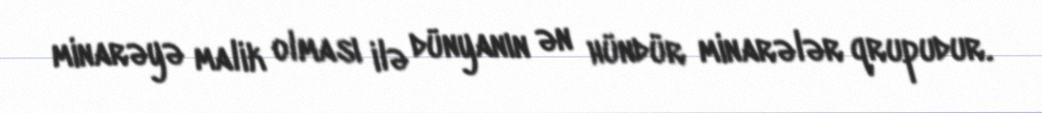
minarəyə malik olması ilə dünyanın ən hündür minarələr qrupudur.